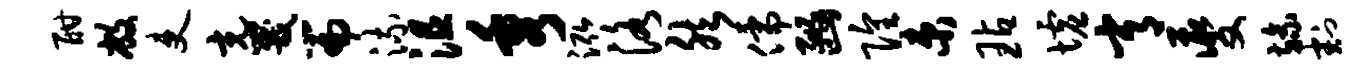
酣敝吏充咒篇流沮秀泓洛然儒豳隍束玷墟常夔旒割